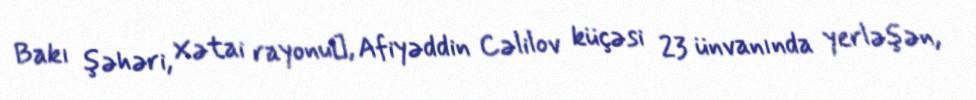
Bakı şəhəri, Xətai rayonu‎, Afiyəddin Cəlilov küçəsi 23 ünvanında yerləşən,